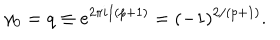
\gamma _ { 0 } = q \equiv e ^ { 2 \pi i / ( p + 1 ) } = ( - 1 ) ^ { 2 / ( p + 1 ) } .